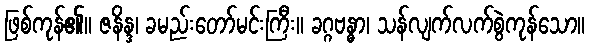
ဖြစ်ကုန်၏။ ဇနိန္ဒ၊ ခမည်းတော်မင်းကြီး။ ခဂ္ဂဗန္ဓာ၊ သန်လျက်လက်စွဲကုန်သော။